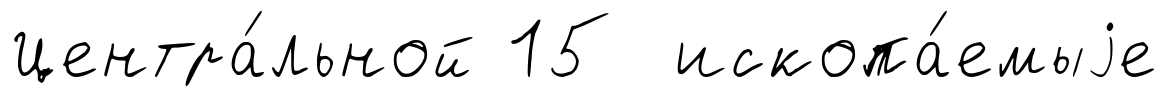
Центра́льной 15 ископа́емыjе